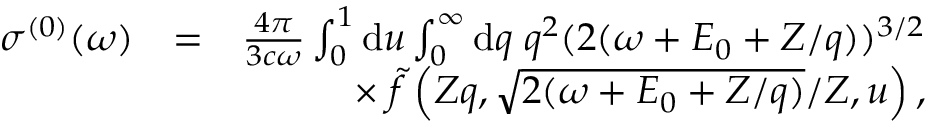
\begin{array} { r l r } { \sigma ^ { ( 0 ) } ( \omega ) } & { = } & { \frac { 4 \pi } { 3 c \omega } \int _ { 0 } ^ { 1 } \ensuremath { \mathrm { d } } u \int _ { 0 } ^ { \infty } \ensuremath { \mathrm { d } } q \; q ^ { 2 } ( 2 ( \omega + E _ { 0 } + Z / q ) ) ^ { 3 / 2 } } \\ & { } & { \times \; \tilde { f } \left( Z q , \sqrt { 2 ( \omega + E _ { 0 } + Z / q ) } / Z , u \right) , } \end{array}